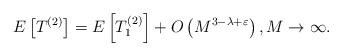
LaTeX: \begin{align*}E\left[T^{(2)}\right] = E\left[T_1^{(2)}\right] + O\left(M^{3 - \lambda + \varepsilon}\right),M \to \infty.\end{align*}